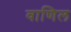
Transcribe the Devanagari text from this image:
वाणिल